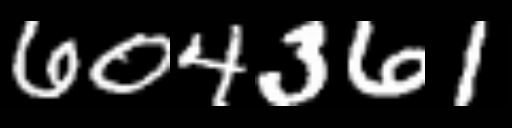
Text: 604361